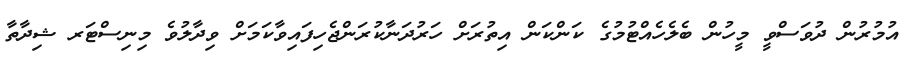
އުމުރުން ދުވަސްވީ މީހުން ބެލެހެއްޓުމުގެ ކަންކަން އިތުރަށް ހަރުދަނާކުރަންޖެހިފައިވާކަމަށް ވިދާލުވެ މިނިސްޓަރ ޝިދާތާ